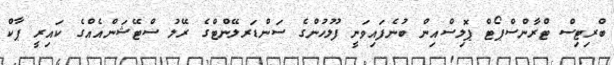
ބްރިޓިސް ޓްރާންސްޕޯޓް ޕޮލިސްއިން ބުނެފައިވަނީ ފުލުހުންގެ ސަންޑަރލޭންޓްގެ ރޭލު ސްޓޭޝަންއެއްގެ ކައިރީ ޕާކް